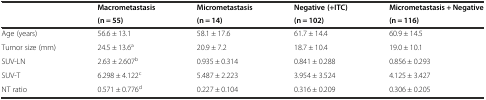
<table><thead><tr><td></td><td><b>Macrometastasis</b></td><td><b>Micrometastasis</b></td><td><b>Negative (+ITC)</b></td><td><b>Micrometastasis + Negative</b></td></tr><tr><td></td><td><b>(n = 55)</b></td><td><b>(n = 14)</b></td><td><b>(n = 102)</b></td><td><b>(n = 116)</b></td></tr></thead><tbody><tr><td>Age (years)</td><td>56.6 ± 13.1</td><td>58.1 ± 17.6</td><td>61.7 ± 14.4</td><td>60.9 ± 14.5</td></tr><tr><td>Tumor size (mm)</td><td>24.5 ± 13.6<sup>a</sup></td><td>20.9 ± 7.2</td><td>18.7 ± 10.4</td><td>19.0 ± 10.1</td></tr><tr><td>SUV-LN</td><td>2.63 ± 2.607<sup>b</sup></td><td>0.935 ± 0.314</td><td>0.841 ± 0.288</td><td>0.856 ± 0.293</td></tr><tr><td>SUV-T</td><td>6.298 ± 4.122<sup>c</sup></td><td>5.487 ± 2.223</td><td>3.954 ± 3.524</td><td>4.125 ± 3.427</td></tr><tr><td>NT ratio</td><td>0.571 ± 0.776<sup>d</sup></td><td>0.227 ± 0.104</td><td>0.316 ± 0.209</td><td>0.306 ± 0.205</td></tr></tbody></table>